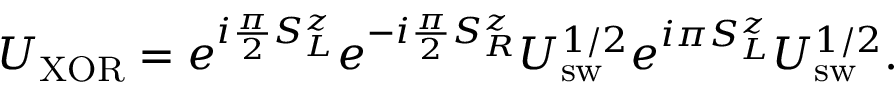
U _ { \mathrm { { X O R } } } = e ^ { i { \frac { \pi } { 2 } } S _ { L } ^ { z } } e ^ { - i { \frac { \pi } { 2 } } S _ { R } ^ { z } } U _ { \mathrm { { s w } } } ^ { 1 / 2 } e ^ { i \pi S _ { L } ^ { z } } U _ { \mathrm { { s w } } } ^ { 1 / 2 } .